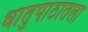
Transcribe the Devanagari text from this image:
धातुपाठातला